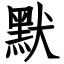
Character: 默